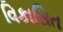
વિકાસિત